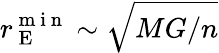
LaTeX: r_{\mathrm{~E~}}^{\mathrm{~m~i~n~}}\sim\sqrt{MG/n}